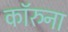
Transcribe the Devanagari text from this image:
कॉरुना